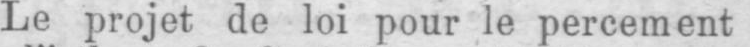
Le projet de loi pour le percement